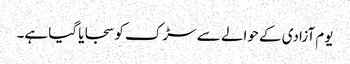
یوم آزادی کے حوالے سے سڑک کو سجایا گیا ہے۔